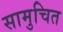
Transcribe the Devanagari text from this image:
सामुचित